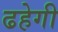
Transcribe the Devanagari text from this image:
ढहेगी